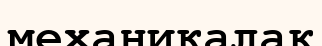
механикалақ